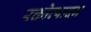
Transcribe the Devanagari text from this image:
रक्तोत्पादन